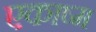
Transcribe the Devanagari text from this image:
एकाष्म